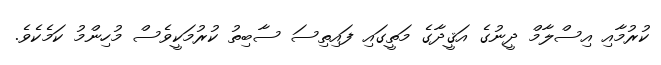
ކުރުމާއި އިސްލާމް ދީނުގެ އަޤީދާގެ މަތީގައި ފައިތިސަ ސާބިތު ކުރުމަކީވެސް މުހިންމު ކަމެކެވެ.